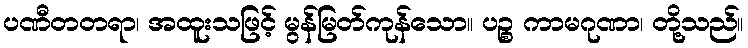
ပဏီတတရာ၊ အထူးသဖြင့် မွန်မြတ်ကုန်သော။ ပဉ္စ ကာမဂုဏာ၊ တို့သည်။